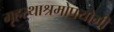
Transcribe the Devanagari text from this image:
गृहस्थाश्रमोपयोगी